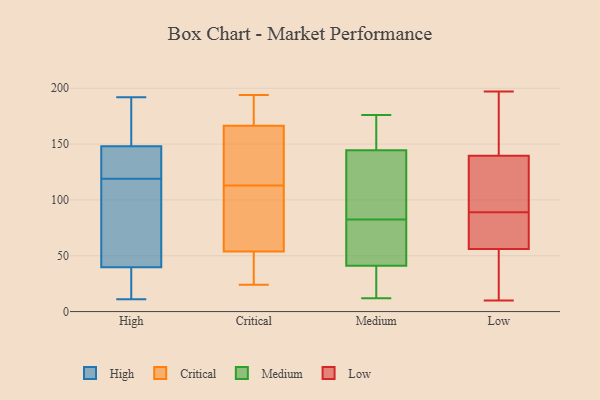
{"axis": {"x": "Production Output", "y": "Value"}, "legend": ["Critical", "High", "Low", "Medium"], "data": [{"x": "", "y": 11, "type": "High"}, {"x": "", "y": 42, "type": "High"}, {"x": "", "y": 34, "type": "High"}, {"x": "", "y": 117, "type": "High"}, {"x": "", "y": 169, "type": "High"}, {"x": "", "y": 86, "type": "High"}, {"x": "", "y": 135, "type": "High"}, {"x": "", "y": 148, "type": "High"}, {"x": "", "y": 18, "type": "High"}, {"x": "", "y": 125, "type": "High"}, {"x": "", "y": 176, "type": "High"}, {"x": "", "y": 148, "type": "High"}, {"x": "", "y": 119, "type": "High"}, {"x": "", "y": 192, "type": "High"}, {"x": "", "y": 39, "type": "High"}, {"x": "", "y": 12, "type": "High"}, {"x": "", "y": 56, "type": "High"}, {"x": "", "y": 185, "type": "High"}, {"x": "", "y": 136, "type": "High"}, {"x": "", "y": 156, "type": "Critical"}, {"x": "", "y": 38, "type": "Critical"}, {"x": "", "y": 191, "type": "Critical"}, {"x": "", "y": 25, "type": "Critical"}, {"x": "", "y": 24, "type": "Critical"}, {"x": "", "y": 34, "type": "Critical"}, {"x": "", "y": 194, "type": "Critical"}, {"x": "", "y": 91, "type": "Critical"}, {"x": "", "y": 165, "type": "Critical"}, {"x": "", "y": 97, "type": "Critical"}, {"x": "", "y": 167, "type": "Critical"}, {"x": "", "y": 141, "type": "Critical"}, {"x": "", "y": 86, "type": "Critical"}, {"x": "", "y": 181, "type": "Critical"}, {"x": "", "y": 43, "type": "Critical"}, {"x": "", "y": 113, "type": "Critical"}, {"x": "", "y": 90, "type": "Critical"}, {"x": "", "y": 122, "type": "Critical"}, {"x": "", "y": 167, "type": "Critical"}, {"x": "", "y": 135, "type": "Medium"}, {"x": "", "y": 68, "type": "Medium"}, {"x": "", "y": 125, "type": "Medium"}, {"x": "", "y": 173, "type": "Medium"}, {"x": "", "y": 87, "type": "Medium"}, {"x": "", "y": 60, "type": "Medium"}, {"x": "", "y": 21, "type": "Medium"}, {"x": "", "y": 78, "type": "Medium"}, {"x": "", "y": 22, "type": "Medium"}, {"x": "", "y": 154, "type": "Medium"}, {"x": "", "y": 12, "type": "Medium"}, {"x": "", "y": 176, "type": "Medium"}, {"x": "", "y": 45, "type": "Low"}, {"x": "", "y": 82, "type": "Low"}, {"x": "", "y": 193, "type": "Low"}, {"x": "", "y": 197, "type": "Low"}, {"x": "", "y": 129, "type": "Low"}, {"x": "", "y": 14, "type": "Low"}, {"x": "", "y": 173, "type": "Low"}, {"x": "", "y": 187, "type": "Low"}, {"x": "", "y": 45, "type": "Low"}, {"x": "", "y": 90, "type": "Low"}, {"x": "", "y": 34, "type": "Low"}, {"x": "", "y": 97, "type": "Low"}, {"x": "", "y": 67, "type": "Low"}, {"x": "", "y": 142, "type": "Low"}, {"x": "", "y": 137, "type": "Low"}, {"x": "", "y": 81, "type": "Low"}, {"x": "", "y": 88, "type": "Low"}, {"x": "", "y": 71, "type": "Low"}, {"x": "", "y": 10, "type": "Low"}, {"x": "", "y": 105, "type": "Low"}]}